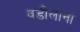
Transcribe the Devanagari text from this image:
वडीलाना